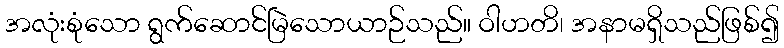
အလုံးစုံသော ရွက်ဆောင်မြဲသောယာဉ်သည်။ ဝါဟတိ၊ အနာမရှိသည်ဖြစ်၍